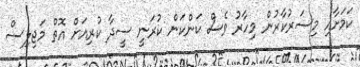
ކަމަށާއި މިސަރުކާރުން މިހާރު ވެސް ކަންކަން ކުރަނީ ސީދާ ކުރިއަށް އޮތް މަޖިލިސް